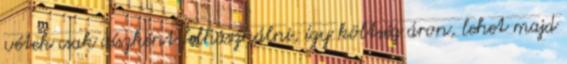
vétek csak díszként felhasználni, így költség áron, lehet majd